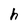
Character: h